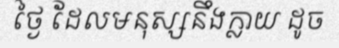
ថ្ងៃ ដែលមនុស្សនឹងក្លាយ ដូច